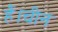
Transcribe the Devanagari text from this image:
हैं।चीन